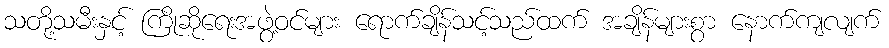
သတို့သမီးနှင့် ကြိုဆိုရေးအဖွဲ့ဝင်များ ရောက်ချိန်သင့်သည်ထက် အချိန်များစွာ နောက်ကျလျက်